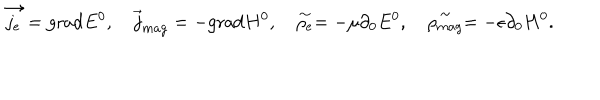
LaTeX: \overrightarrow { j _ { e } } = \mathrm { g r a d } E ^ { 0 } , \quad \overrightarrow { j } _ { m a g } = - \mathrm { g r a d } H ^ { 0 } , \quad \stackrel { \sim } { \rho _ { e } } = - \mu \partial _ { 0 } E ^ { 0 } , \quad \stackrel { \sim } { \rho _ { m a g } } = - \epsilon \partial _ { 0 } H ^ { 0 } .